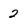
Character: 2